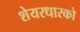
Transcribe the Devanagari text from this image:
शेयरधारको